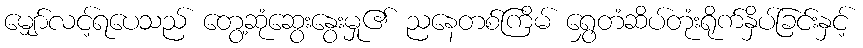
မျှော်လင့်ရပေသည် တွေ့ဆုံဆွေးနွေးမှု၏ ညနေတစ်ကြိမ် ရွှေတံဆိပ်တုံးရိုက်နှိပ်ခြင်းနှင့်